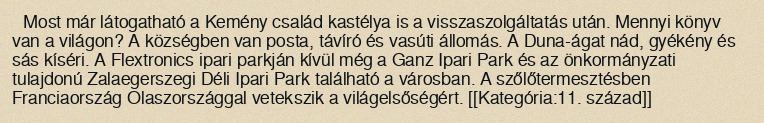
Most már látogatható a Kemény család kastélya is a visszaszolgáltatás után. Mennyi könyv van a világon? A községben van posta, távíró és vasúti állomás. A Duna-ágat nád, gyékény és sás kíséri. A Flextronics ipari parkján kívül még a Ganz Ipari Park és az önkormányzati tulajdonú Zalaegerszegi Déli Ipari Park található a városban. A szőlőtermesztésben Franciaország Olaszországgal vetekszik a világelsőségért. [[Kategória:11. század]]